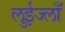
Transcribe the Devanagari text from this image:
लुईज्लाँ